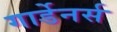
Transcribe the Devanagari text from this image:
गार्डेनर्स